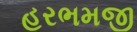
હરભમજી